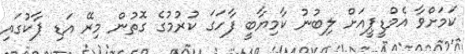
ކަމަށްވާ އެމްޑީޕީއަށް ލިބުނު ކާމިޔާބީ ފާހަގަ ކުރުމުގެ ގޮތުން މިރޭ އަޑި ޕާކުގައި